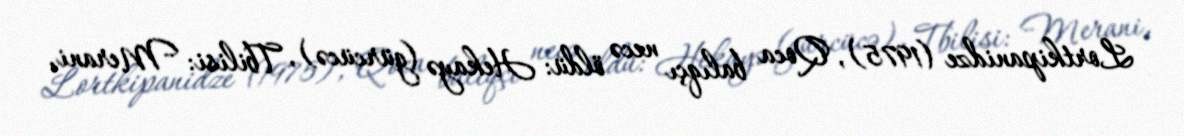
Lortkipanidze (1975), Qoca balıqçı necə öldü: Hekayə (gürcücə), Tbilisi: Merani,